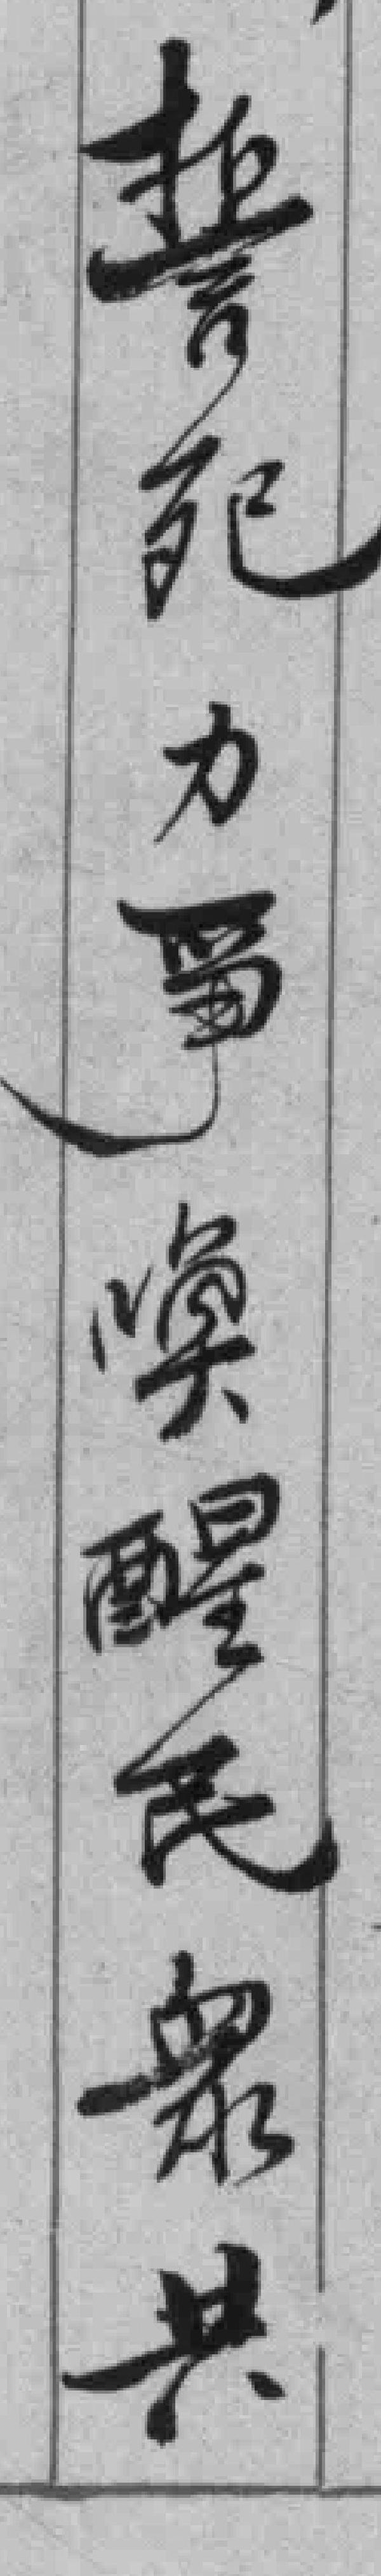
誓死力爭喚醒民眾共